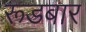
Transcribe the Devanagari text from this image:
रूडबार